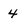
Character: 4